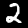
Digit: 2